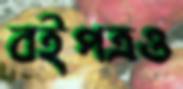
বইপত্রও